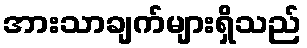
အားသာချက်များရှိသည်